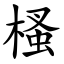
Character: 㮻